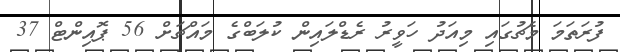
ފުރަތަމަ މެޗުގައި މިއަދު ހަވީރު ރެޑްލައިން ކުލަބްގެ މައްޗަށް 56 ޕޮއިންޓް 37